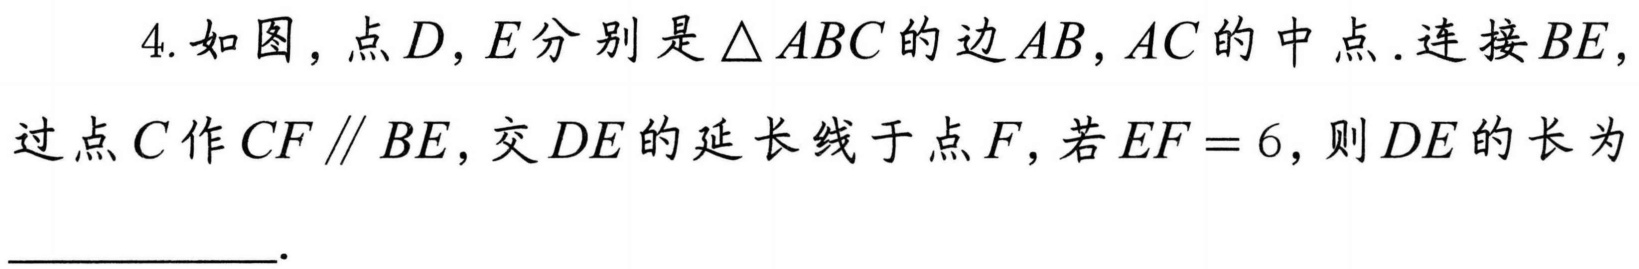
4. 如图，点\(D,E\)分别是\(\triangle ABC\)的边\(AB,AC\)的中点. 连接\(BE\)，过点\(C\)作\(CF \parallel BE\)，交\(DE\)的延长线于点\(F\)，若\(EF = 6\)，则\(DE\)的长为___.